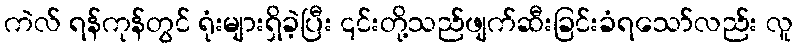
ကဲလ် ရန်ကုန်တွင် ရုံးများရှိခဲ့ပြီး ၎င်းတို့သည်ဖျက်ဆီးခြင်းခံရသော်လည်း လူ